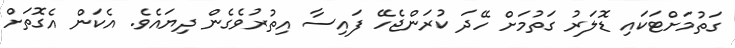
ގަތުމަށްޓަކައި ޑޮލަރު ގަތުމަށް ހޭދަ ކުރަންޖެހޭ ފައިސާ އިތުރުވެގެން ދިޔައެވެ. އެކަން އެގޮތަށް